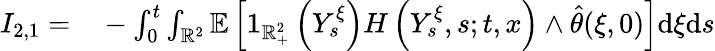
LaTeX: \begin{array}{rl}{I_{2,1}=}&{{}-\int_{0}^{t}\int_{\mathbb{R}^{2}}\mathbb{E}\left[1_{\mathbb{R}_{+}^{2}}\left(Y_{s}^{\xi}\right)H\left(Y_{s}^{\xi},s;t,x\right)\wedge\hat{\theta}(\xi,0)\right]\mathrm{d}\xi\mathrm{d}s}\end{array}